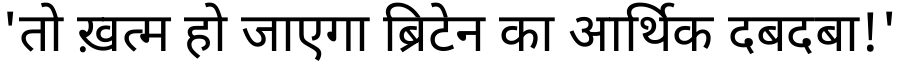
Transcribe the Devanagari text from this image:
'तो ख़त्म हो जाएगा ब्रिटेन का आर्थिक दबदबा!'